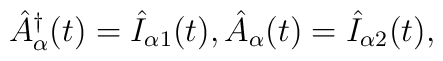
\hat{A}_{\alpha}^{\dagger}(t) = \hat{I}_{\alpha 1} (t),\hat{A}_{\alpha} (t) = \hat{I}_{\alpha 2} (t),